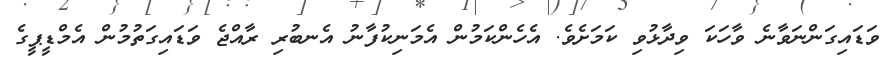
ވަޑައިގަންނަވާނެ ވާހަކަ ވިދާޅުވި ކަމަށެވެ. އެހެންކަމުން އެމަނިކުފާނު އެނބުރި ރާއްޖެ ވަޑައިގަތުމުން އެމްޑީޕީގެ